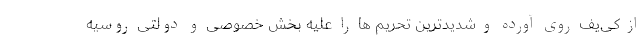
از کی‌یف روی آورده و شدیدترین تحریم ها را علیه بخش خصوصی و دولتی روسیه